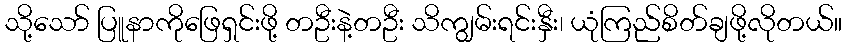
သို့သော် ပြူနာကိုဖြေရှင်းဖို့ တဦးနဲ့တဦး သိကျွမ်းရင်းနှီး၊ ယုံကြည်စိတ်ချဖို့လိုတယ်။